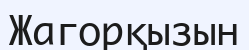
Жагорқызын